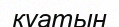
куатын